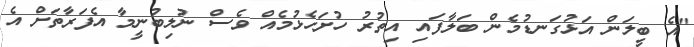
"އެ ބީލަން އަޅުގަނޑުމެން ބަލާފައި އިތުރު ހުށަހެޅުމެއް ވެސް ނުލިބުނީމާ އެފަރާތަށް އެ